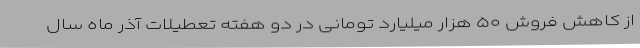
از کاهش فروش ۵۰ هزار میلیارد تومانی در دو هفته تعطیلات آذر ماه سال